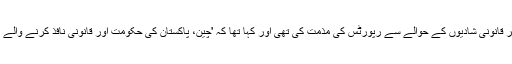
اس سلسلے میں پہلے اسلام آباد میں قائم چینی سفارت خانے نے ایک بیان میں غیر قانونی شادیوں کے حوالے سے رپورٹس کی مذمت کی تھی اور کہا تھا کہ 'چین، پاکستان کی حکومت اور قانونی نافذ کرنے والے اداروں کے ساتھ مل کر غیر قانونی شادیوں میں ملوث افراد کو تلاش کررہا ہے'۔